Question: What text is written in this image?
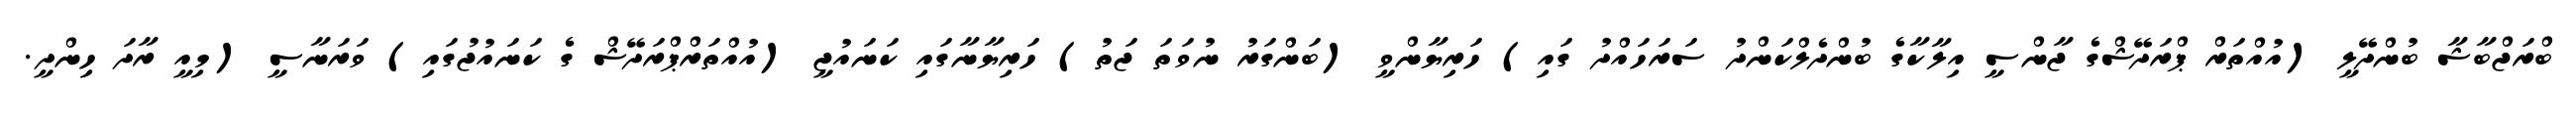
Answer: ބްރަޖްބާޝާ ބުންދޭލީ (އުއްތަރް ޕްރަދޭޝްގެ ޖާންސީ އިލާކާގެ ބުންދެލްކަންދު ސަރަހައްދު ގައި) ހަރިޔާންވީ (ބަންގަރު ނުވަތަ ޖަތު) ހަރިޔާނާގައި ކަނައުޖީ (އުއްތަރްޕްރަދޭޝް ގެ ކަނައުޖުގައި) ވަރަނާސީ (މިއީ ރާދަ ހިންދީ.